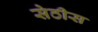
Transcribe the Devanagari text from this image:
सेठीस